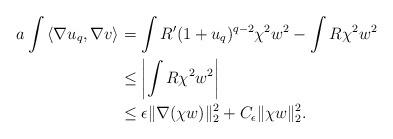
LaTeX: \begin{align*}\begin{aligned}a\int \left<\nabla u_q, \nabla v\right> &= \int R' (1+u_q)^{q-2} \chi^2 w^2 -\int R \chi^2 w^2 \\&\le \left|\int R \chi^2 w^2\right| \\&\le \epsilon\|\nabla(\chi w)\|_{2}^2 + C_\epsilon \|\chi w\|_{2}^2.\end{aligned}\end{align*}